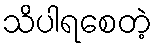
သိပါရစေတဲ့